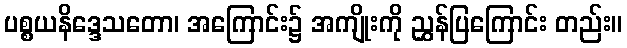
ပစ္စယနိဒ္ဒေသတော၊ အကြောင်း၌ အကျိုးကို ညွှန်ပြကြောင်း တည်း။